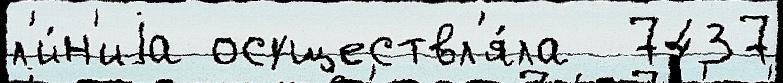
л'и́н'иjа осуществл'я́ла  7437